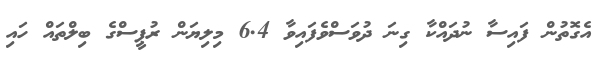
އެގޮތުން ފައިސާ ނުދައްކާ ގިނަ ދުވަސްވެފައިވާ 6.4 މިލިޔަން ރުޕީސްގެ ބިލްތައް ހައި